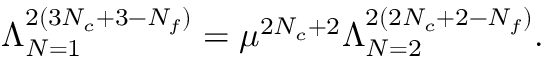
\Lambda _ { N = 1 } ^ { 2 ( 3 N _ { c } + 3 - N _ { f } ) } = \mu ^ { 2 N _ { c } + 2 } \Lambda _ { N = 2 } ^ { 2 ( 2 N _ { c } + 2 - N _ { f } ) } .